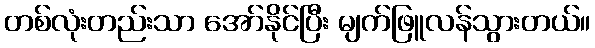
တစ်လုံးတည်းသာ အော်နိုင်ပြီး မျက်ဖြူလန်သွားတယ်။